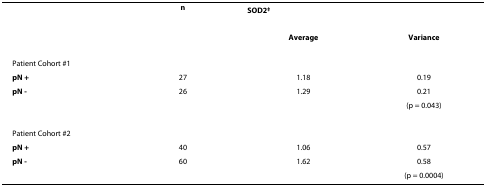
<table><thead><tr><td></td><td><b>n</b></td><td><b>SOD2<sup>‡</sup></b></td><td></td></tr><tr><td></td><td></td><td><b>Average</b></td><td><b>Variance</b></td></tr></thead><tbody><tr><td>Patient Cohort #1</td><td></td><td></td><td></td></tr><tr><td><b>pN +</b></td><td>27</td><td>1.18</td><td>0.19</td></tr><tr><td><b>pN -</b></td><td>26</td><td>1.29</td><td>0.21</td></tr><tr><td></td><td></td><td></td><td>(p = 0.043)</td></tr><tr><td>Patient Cohort #2</td><td></td><td></td><td></td></tr><tr><td><b>pN +</b></td><td>40</td><td>1.06</td><td>0.57</td></tr><tr><td><b>pN -</b></td><td>60</td><td>1.62</td><td>0.58</td></tr><tr><td></td><td></td><td></td><td>(p = 0.0004)</td></tr></tbody></table>